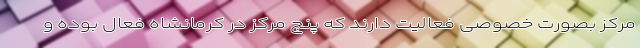
مرکز بصورت خصوصی فعالیت دارند که پنج مرکز در کرمانشاه فعال بوده و